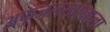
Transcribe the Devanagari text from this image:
अफजलखानाला